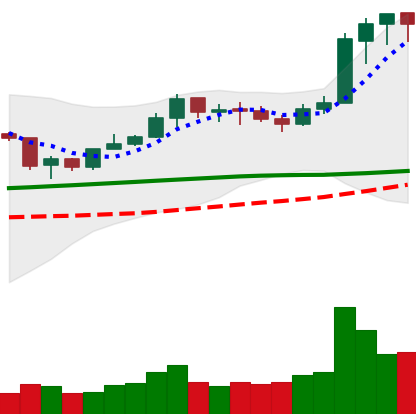
Ticker: LINK-USD
Chart end date: 2020-02-10
Forward return: 26.181%
Label: up_7plus